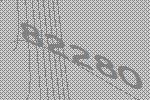
82280